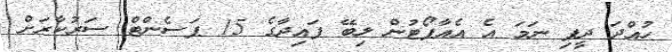
ހުއްދަ ދީފި ނަމަ އެ އެއާޕޯޓުން ލިބޭ ފައިދާގެ 15 ޕަސެންޓް ސަރުކާރަށް